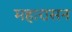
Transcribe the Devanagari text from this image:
महारासन